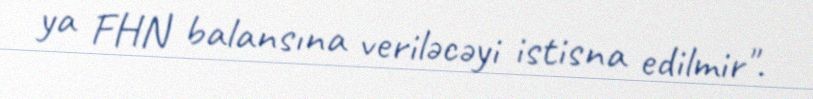
ya FHN balansına veriləcəyi istisna edilmir".